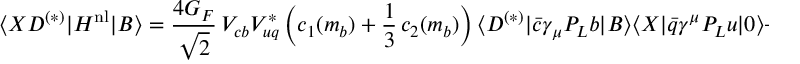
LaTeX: \langle X D ^ { ( * ) } | H ^ { \mathrm { n l } } | B \rangle = { \frac { 4 G _ { F } } { \sqrt 2 } } \, V _ { c b } V _ { u q } ^ { * } \left( c _ { 1 } ( m _ { b } ) + { \frac { 1 } { 3 } } \, c _ { 2 } ( m _ { b } ) \right) \langle D ^ { ( * ) } | \bar { c } \gamma _ { \mu } P _ { L } b | B \rangle \langle X | \bar { q } \gamma ^ { \mu } P _ { L } u | 0 \rangle + \dots \, ,